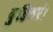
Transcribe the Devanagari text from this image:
दुहितरं।